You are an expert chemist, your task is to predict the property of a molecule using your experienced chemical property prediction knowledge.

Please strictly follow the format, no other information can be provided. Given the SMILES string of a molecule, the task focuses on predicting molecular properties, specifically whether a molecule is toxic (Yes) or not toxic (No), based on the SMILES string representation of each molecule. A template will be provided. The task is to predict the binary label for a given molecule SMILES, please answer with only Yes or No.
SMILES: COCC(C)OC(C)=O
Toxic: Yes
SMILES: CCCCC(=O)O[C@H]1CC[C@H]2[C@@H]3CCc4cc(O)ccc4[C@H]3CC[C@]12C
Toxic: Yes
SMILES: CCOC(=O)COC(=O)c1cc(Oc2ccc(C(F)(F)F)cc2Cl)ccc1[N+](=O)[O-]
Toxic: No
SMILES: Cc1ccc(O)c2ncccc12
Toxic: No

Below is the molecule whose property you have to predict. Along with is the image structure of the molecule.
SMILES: CCOC(=O)C1CC(=O)C(=C(O)C2CC2)C(=O)C1
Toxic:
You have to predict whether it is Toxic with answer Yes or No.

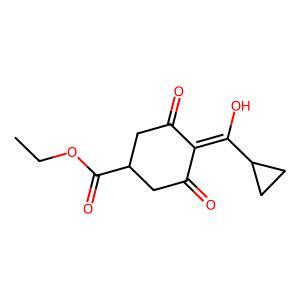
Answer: No